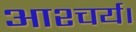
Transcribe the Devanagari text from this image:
आश्चर्य।